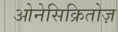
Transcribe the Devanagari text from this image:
ओनेसिक्रितोज़